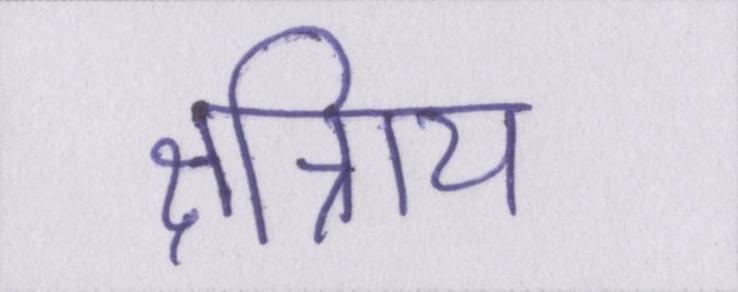
क्षत्रिाय